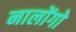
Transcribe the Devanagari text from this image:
नालोंगो